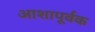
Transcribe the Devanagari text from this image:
आशापूर्वक